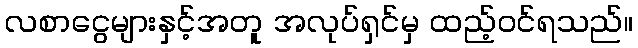
လစာငွေများနှင့်အတူ အလုပ်ရှင်မှ ထည့်ဝင်ရသည်။